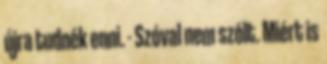
újra tudnék enni. - Szóval nem szólt. Miért is